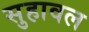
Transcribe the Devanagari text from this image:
सुहावल